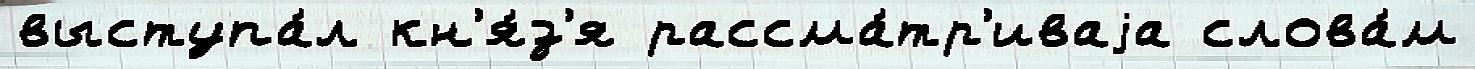
выступа́л кн'я́з'я рассма́тр'иваjа слова́м